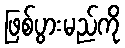
ဖြစ်ပွားမည်ကို